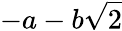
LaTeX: -a-b\sqrt{2}